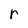
Character: r